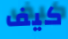
كيف